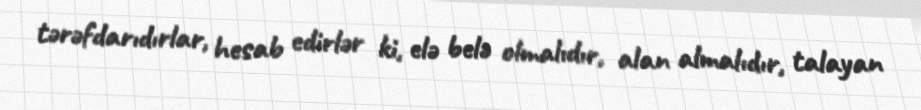
tərəfdarıdırlar, hesab edirlər ki, elə belə olmalıdır, alan almalıdır, talayan